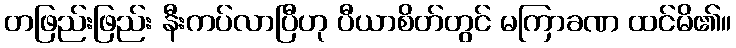
တဖြည်းဖြည်း နီးကပ်လာပြီဟု ပီယာစိတ်တွင် မကြာခဏ ထင်မိ၏။